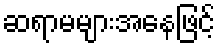
ဆရာမများအနေဖြင့်